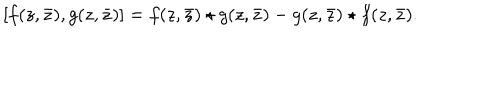
LaTeX: [ f ( z , \bar { z } ) , g ( z , \bar { z } ) ] = f ( z , \bar { z } ) \star g ( z , \bar { z } ) - g ( z , \bar { z } ) \star f ( z , \bar { z } ) .